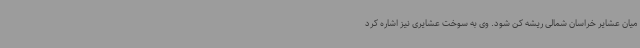
میان عشایر خراسان شمالی ریشه کن شود. وی به سوخت عشایری نیز اشاره کرد